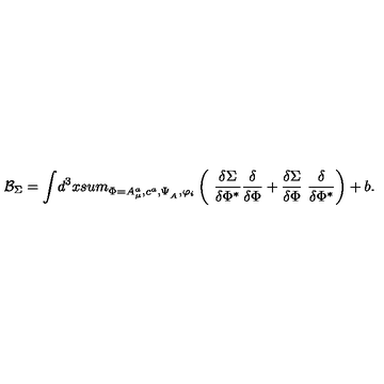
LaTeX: { \cal B } _ { \Sigma } = \displaystyle { \int } { d } ^ { 3 } x \displaystyle { s u m _ { \Phi = A _ { \mu } ^ { a } , c ^ { a } , \Psi _ { _ A } , \varphi _ { i } } ^ { } } \left( { \displaystyle { \ \frac { \delta \Sigma } { \delta \Phi ^ { * } } } } { \displaystyle { \frac { \delta } { \delta \Phi } } } + { \displaystyle { \frac { \delta \Sigma } { \delta \Phi } } } { \displaystyle { \ \frac { \delta } { \delta \Phi ^ { * } } } } \right) + b .